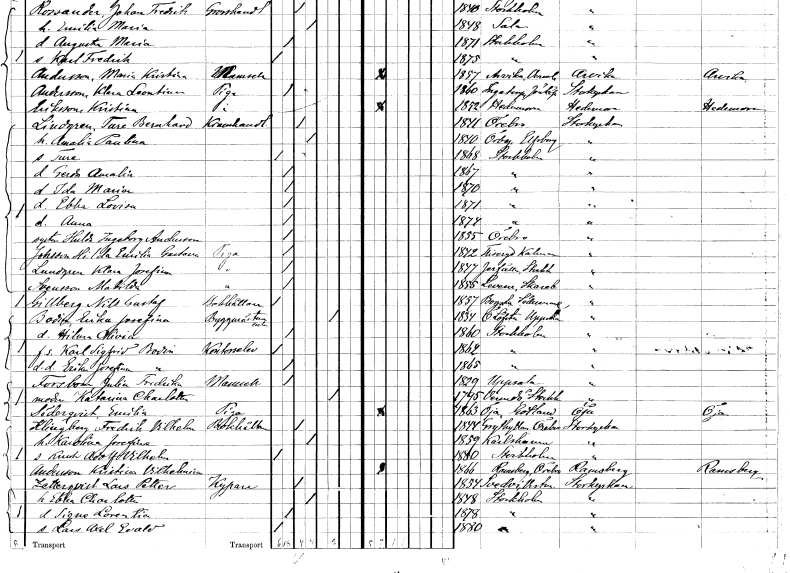
gt_parse: households: individuals: FN: Ture
KON: M
CIV: O
FODAR: 1868
FODFORS: Stockholm
FN: Gerda Amalia
KON: K
CIV: O
FODAR: 1867
FODFORS: Stockholm
FN: Ida Maria
KON: K
CIV: O
FODAR: 1870
FODFORS: Stockholm
FN: Ebba Lovisa
KON: K
CIV: O
FODAR: 1871
FODFORS: Stockholm
FN: Anna
KON: K
CIV: O
FODAR: 1874
FODFORS: Stockholm
FN: Hulda Ingeborg
EN: Andersson
KON: K
CIV: O
FODAR: 1855
FODFORS: Örebro Örebro län
FN: Hilda Emilia Gustava
EN: Johsson
YRKE: Piga
KON: K
CIV: O
FODAR: 1842
FODFORS: Fliseryd Kalmar län
FN: Klara Josefina
EN: Lundgren
YRKE: Piga
KON: K
CIV: O
FODAR: 1847
FODFORS: Järfälla Stockholms län
FN: Matilda
EN: Svensson
YRKE: Piga
KON: K
CIV: O
FODAR: 1855
FODFORS: Levene Skaraborgs län
FN: Nils Gustaf
EN: Gillberg
YRKE: Bokhållare
KON: M
CIV: O
FODAR: 1857
FODFORS: Bogsta Södermanlands län
FN: Erika Josefina
EN: Bodin
YRKE: Byggmästareänka
KON: K
CIV: E
FODAR: 1834
FODFORS: Österlövsta Uppsala län
FN: Hilma Olivia
KON: K
CIV: O
FODAR: 1860
FODFORS: Stockholm
FN: Karl Sigfrid
EN: Bodin
YRKE: Kontorselev
KON: M
CIV: O
FODAR: 1862
FODFORS: Stockholm
FN: Erika Josefina
EN: Bodin
KON: K
CIV: O
FODAR: 1865
FODFORS: Stockholm
FN: Julia Fredrika
EN: Forsbom
KON: K
CIV: O
FODAR: 1829
FODFORS: Uppsala Uppsala län
FN: Katarina Charlotta
KON: K
CIV: E
FODAR: 1795
FODFORS: Värmdö Stockholms län
FN: Emilia
EN: Söderqvist
YRKE: Piga
KON: K
CIV: O
FODAR: 1863
FODFORS: Öja Gotlands län
FN: Fredrik Vilhelm
EN: Klingberg
YRKE: Bokhållare
KON: M
CIV: G
FODAR: 1844
FODFORS: Grythyttan Örebro län
FN: Karolina Josefina
KON: K
CIV: G
FODAR: 1859
FODFORS: Karlshamn Blekinge län
FN: Knut Adolf Vilhelm
KON: M
CIV: O
FODAR: 1880
FODFORS: Stockholm
FN: Kristina Vilhelmina
EN: Andersson
KON: K
CIV: O
FODAR: 1866
FODFORS: Ramsberg Örebro län
FN: Lars Petter
EN: Zetterqvist
YRKE: Kypare
KON: M
CIV: G
FODAR: 1854
FODFORS: Svedvi Västmanlands län
FN: Ebba Charlotta
KON: K
CIV: G
FODAR: 1848
FODFORS: Stockholm
FN: Signe Lorentia
KON: K
CIV: O
FODAR: 1878
FODFORS: Stockholm
FN: Lars Axel Evald
KON: M
CIV: O
FODAR: 1880
FODFORS: Stockholm